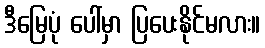
ဒီမြေပုံ ပေါ်မှာ ပြပေးနိုင်မလား။